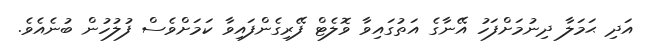
އަދި ޙަމަލާ ދިނުމަށްފަހު އޭނާގެ އަތުގައިވާ ވޮލެޓް ފޭރިގެންފައިވާ ކަމަށްވެސް ފުލުހުން ބުނެއެވެ.